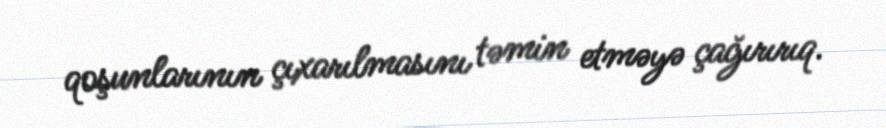
qoşunlarının çıxarılmasını təmin etməyə çağırırıq.